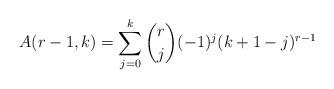
LaTeX: \begin{align*} A(r-1,k) = \sum_{j=0}^k \binom{r}{j} (-1)^j (k+1-j)^{r-1} \end{align*}